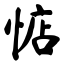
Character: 惦